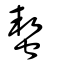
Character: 蛪